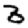
Digit: 3